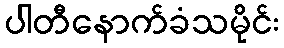
ပါတီနောက်ခံသမိုင်း